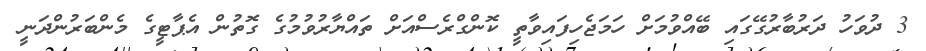
3 ދުވަހު ދަރުބާރުގޭގައި ބޭއްވުމަށް ހަމަޖެހިފައިވާތީ ކޮންގްރެސްއަށް ތައްޔާރުވުމުގެ ގޮތުން އެޕާޓީގެ މެންބަރުންދަނީ